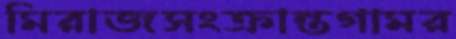
মিরাজসংক্রান্তগামর